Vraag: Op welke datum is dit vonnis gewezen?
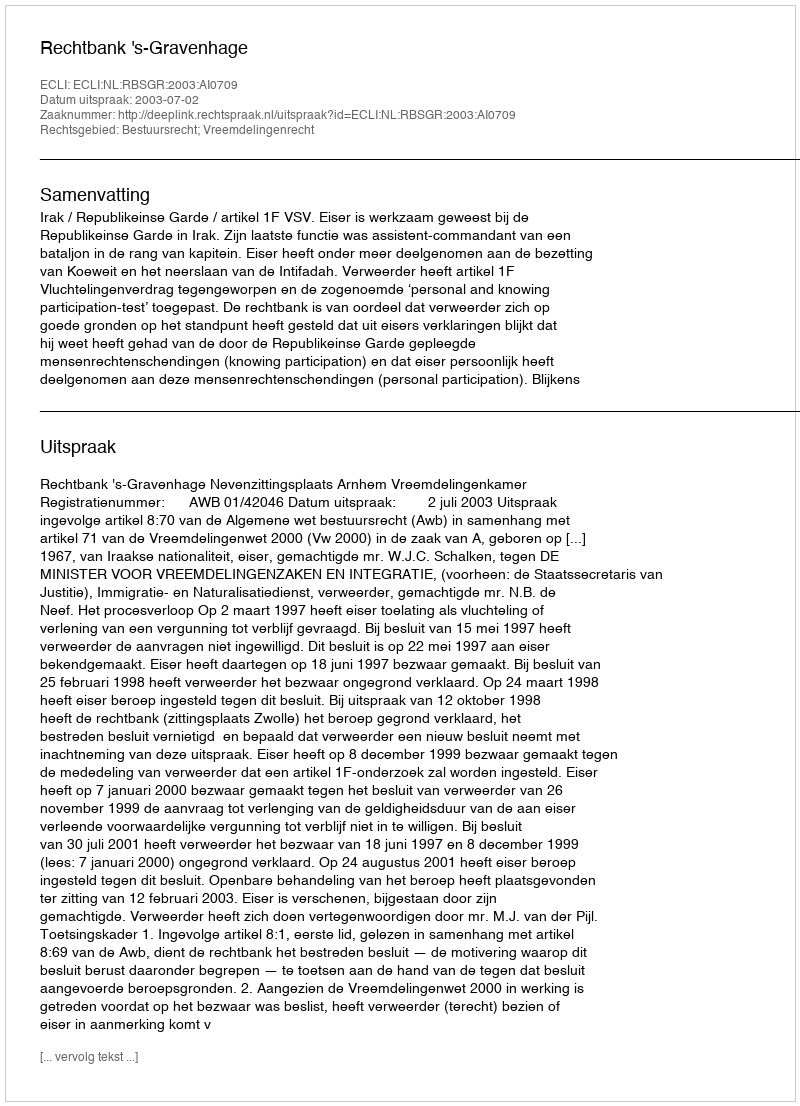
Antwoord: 2003-07-02